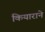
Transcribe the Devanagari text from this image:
कियाराने